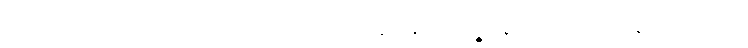
အာဒိတော ပဋ္ဌာယ ယာဝ ပရိယောသာနာ ဧကဗျဉ္ဇနေပိဿ ကင်္ခါ နာဟောသိ။